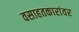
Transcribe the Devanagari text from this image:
वसाहतकारांवर